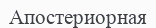
Апостериорная